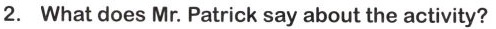
2. What does Mr. Patrick say about the activity?